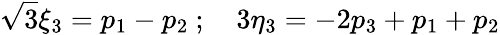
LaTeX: {\sqrt 3}{\xi}_{3}=p_{1}-p_{2}\ ;\quad 3{\eta}_{3}=-2p_{3}+p_{1}+p_{2}